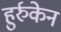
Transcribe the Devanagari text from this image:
हुर्रुकेन